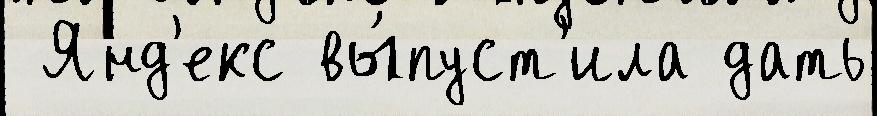
 Янд'екс вы́пуст'ила дать